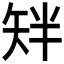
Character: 𬑰